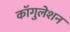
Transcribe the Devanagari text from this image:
कॉगुलेशन